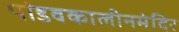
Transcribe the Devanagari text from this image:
पांडवकालीनमंदिर